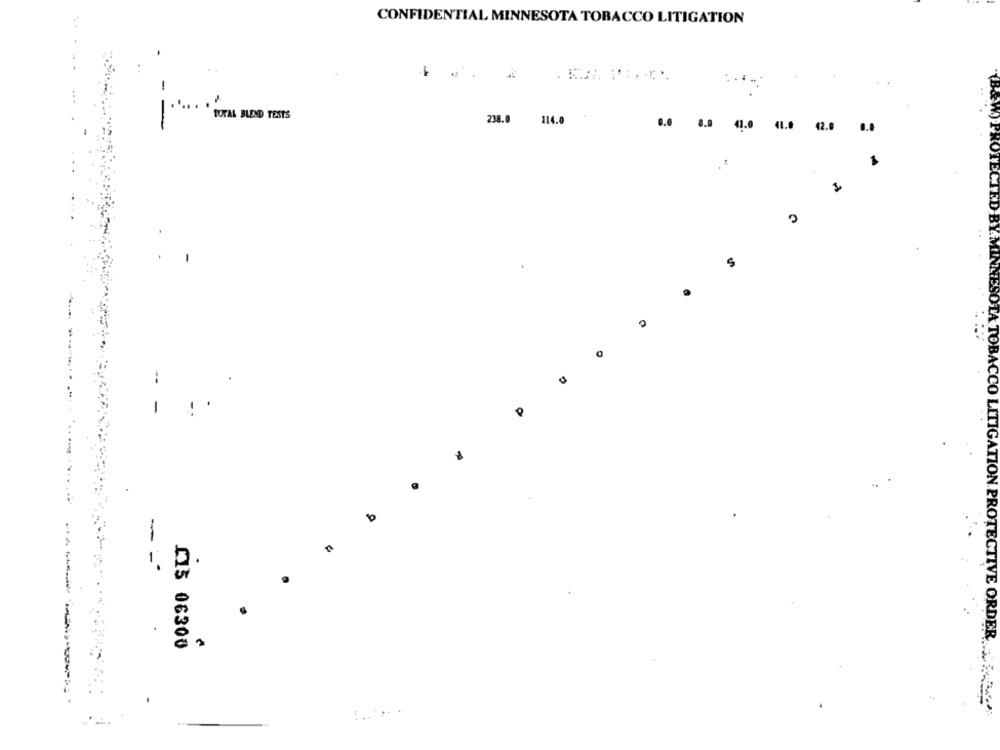
CONFIDENTIAL MINNESOTA TOBACCO LITIGATION
....
-
TOTAL BLEND TESTS
238.0 114.0
0.0
8.0
41.0
4L.O
42.0
8.0
S
--
-
b
-
n
=
LA TOBACCO LITIGATION PROTECTIVE ORDER
013 06300